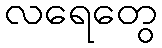
လရေတွေ